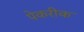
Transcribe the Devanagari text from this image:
पेकरीक